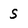
Character: S